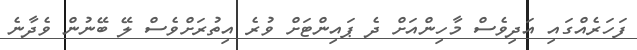
ފަހަރެއްގައި އަދިވެސް މާހިންއަށް ދެ ޕައިންޓަށް ވުރެ އިތުރަށްވެސް ލޭ ބޭނުން ވެދާނެ